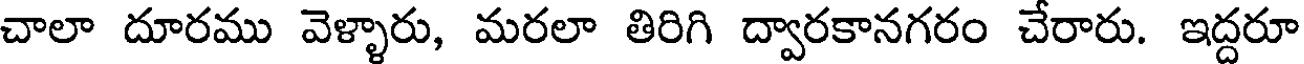
చాలా దూరము వెళ్ళారు, మరలా తిరిగి ద్వారకానగరం చేరారు. ఇద్దరూ